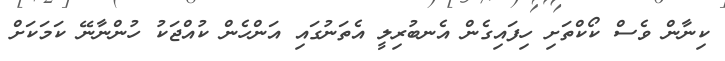
ކިނާން ވެސް ކޯކްތަށި ހިފައިގެން އެނބުރިލީ އެތަނުގައި އަންހެން ކުއްޖަކު ހުންނާނޭ ކަމަކަށް